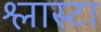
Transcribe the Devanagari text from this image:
श्लास्टा